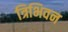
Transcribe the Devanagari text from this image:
त्रिभिवन